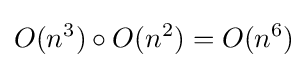
O(n^{3})\circ O(n^{2})=O(n^{6})